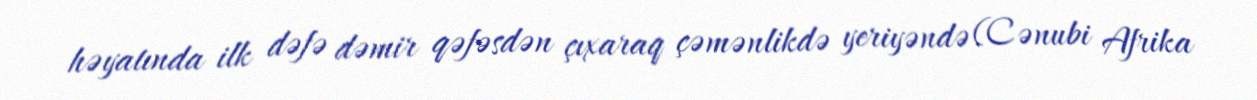
həyatında ilk dəfə dəmir qəfəsdən çıxaraq çəmənlikdə yeriyəndə (Cənubi Afrika